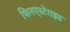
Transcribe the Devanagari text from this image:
फिनएस्टेराइड